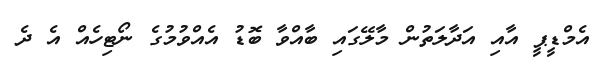
އެމްޑީޕީ އާއި އަދާލަތުން މާލޭގައި ބާއްވާ ބޮޑު އެއްވުމުގެ ނޯޓިހެއް އެ ދެ